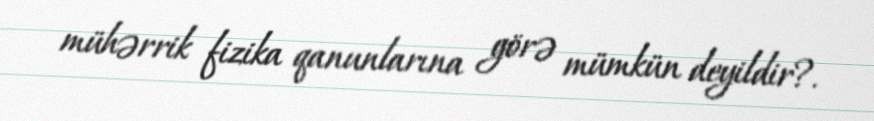
mühərrik fizika qanunlarına görə mümkün deyildir?.